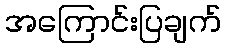
အကြောင်းပြချက်